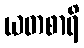
ယတစာရိ